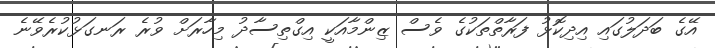
އޭގެ ބަދަލުގައި އިދިކޮޅު ފަރާތްތަކުގެ ވެސް ޒިންމާއަކީ އިގްތިސާދު މިހާރަށް ވުރެ ރަނގަޅުކުރެވޭނެ